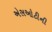
એસઓટીની